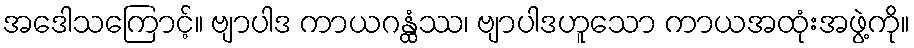
အဒေါသကြောင့်။ ဗျာပါဒ ကာယဂန္ထံဿ၊ ဗျာပါဒဟူသော ကာယအထုံးအဖွဲ့ကို။